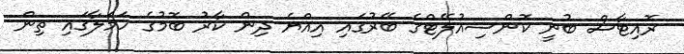
ރޮއިޓާސް ބުނީ ކޮންސިއުލޭޓްގެ ބޭރުގައި އިއްޔެ ދިން ކާރު ބޮމުގެ ހަމަލާގައި ތިން